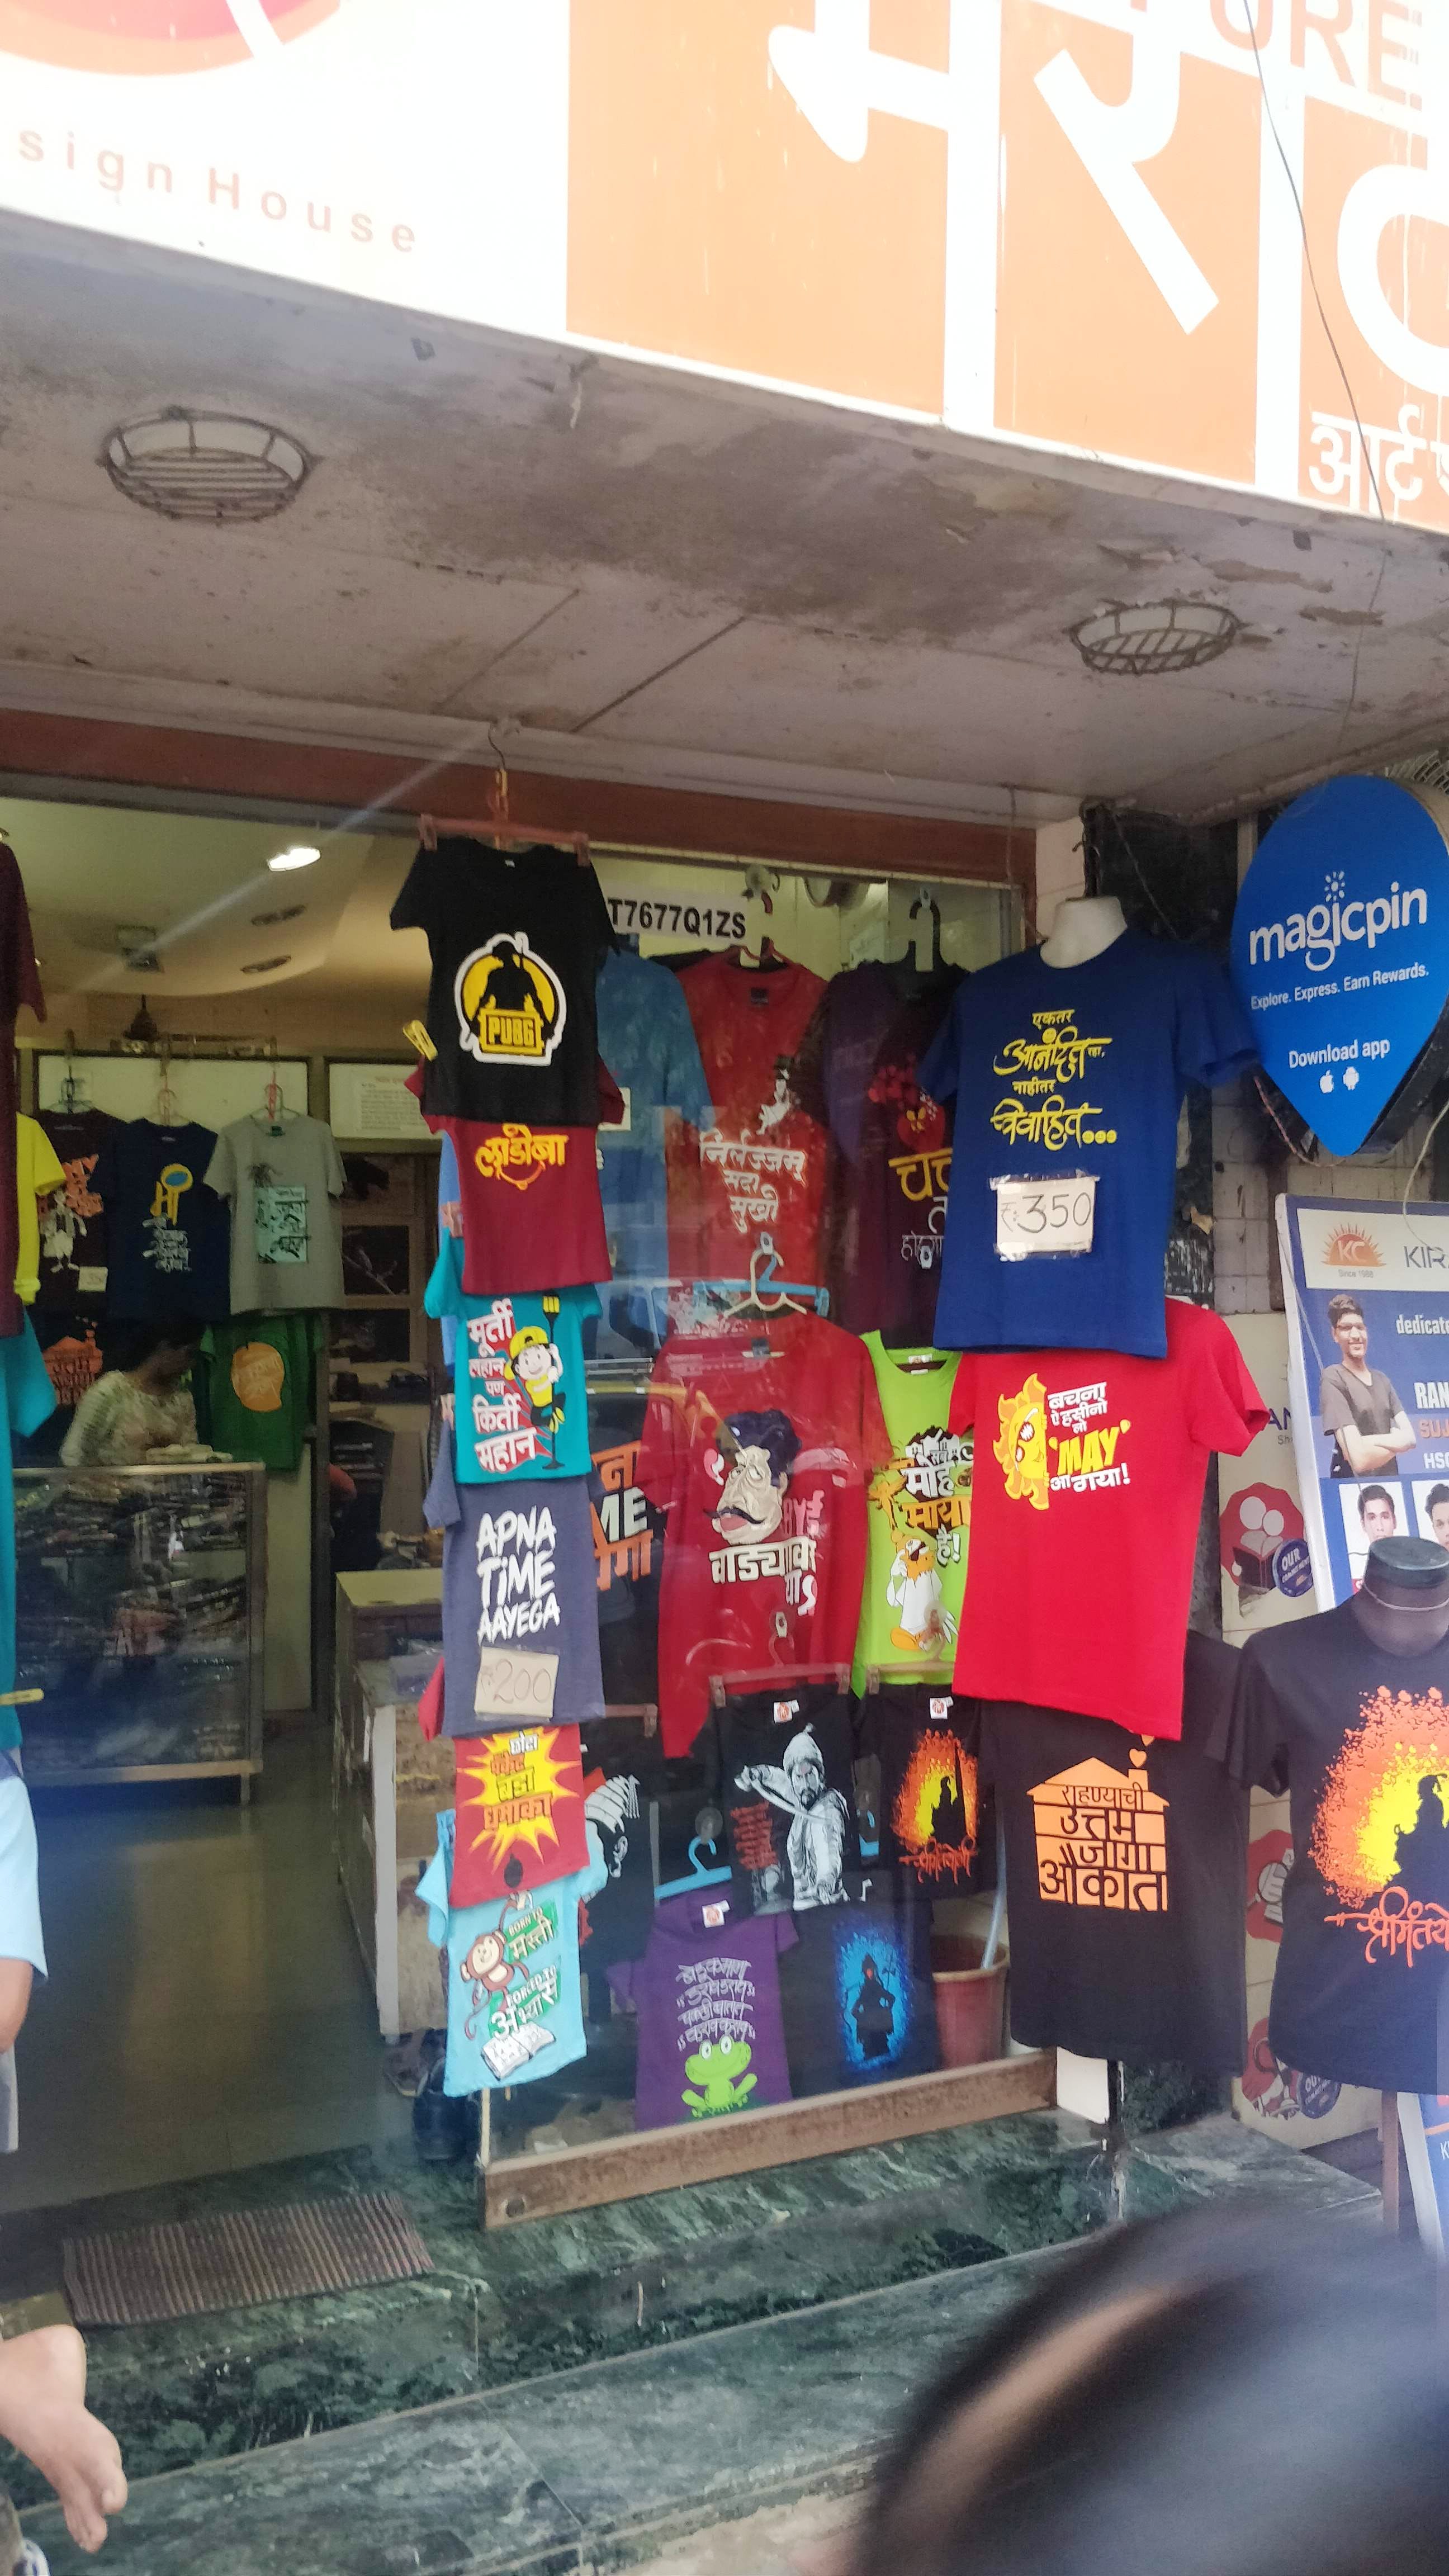
Language: marathi
Transcription: आनंदित विवाहित... नाहीतर लाडोबा राहण्याची उत्तम जागा धमाका निर्लज्जम् सुखी सदा औकात एकतर